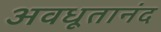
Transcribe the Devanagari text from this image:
अवधूतानंद